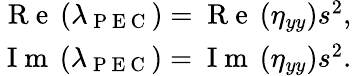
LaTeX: \begin{array}{r}{\mathrm{~R~e~}\left(\lambda_{\mathrm{~P~E~C~}}\right)=\mathrm{~R~e~}\left(\eta_{yy}\right)s^{2},}\\ {\mathrm{~I~m~}\left(\lambda_{\mathrm{~P~E~C~}}\right)=\mathrm{~I~m~}\left(\eta_{yy}\right)s^{2}.}\end{array}